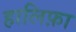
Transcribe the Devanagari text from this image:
हालिफ़ा